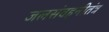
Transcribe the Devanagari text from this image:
जलसंवहनीतंत्र